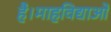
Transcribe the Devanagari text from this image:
है।माहविद्याओ